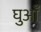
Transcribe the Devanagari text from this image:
घुआँ